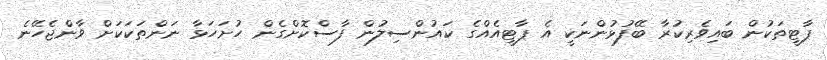
ޕާޓީތަކުން ބައިވެރިކުރާ ބޭފުޅުންނަކީ އެ ޕާޓީއެއްގެ ކައުންސިލުން ފާސްކޮށްގެން ހުށަހަޅާ ނަންތަކަކަށް ވާންޖެހޭނެ